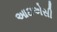
આઇએસી